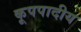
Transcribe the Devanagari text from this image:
कूपपादीय